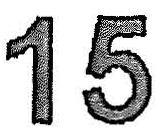
15